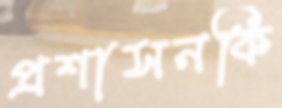
প্রশাসনকি